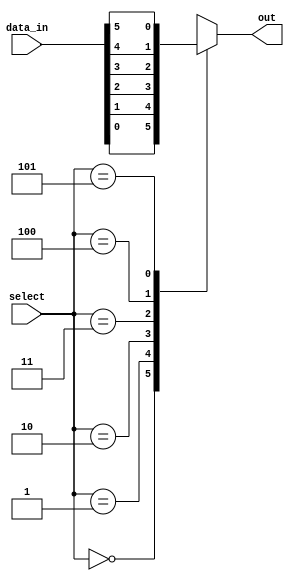
module mux64to1 (
    input [63:0] data_in,
    input [5:0] select,
    output reg out
);

always @(*) begin
    case (select)
        6'd0: out = data_in[0];
        6'd1: out = data_in[1];
        6'd2: out = data_in[2];
        6'd3: out = data_in[3];
        6'd4: out = data_in[4];
        6'd5: out = data_in[5];
        // Continue for all 64 cases
        default: out = 1'bx; // default case for invalid select values
    endcase
end

endmodule